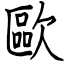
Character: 歐